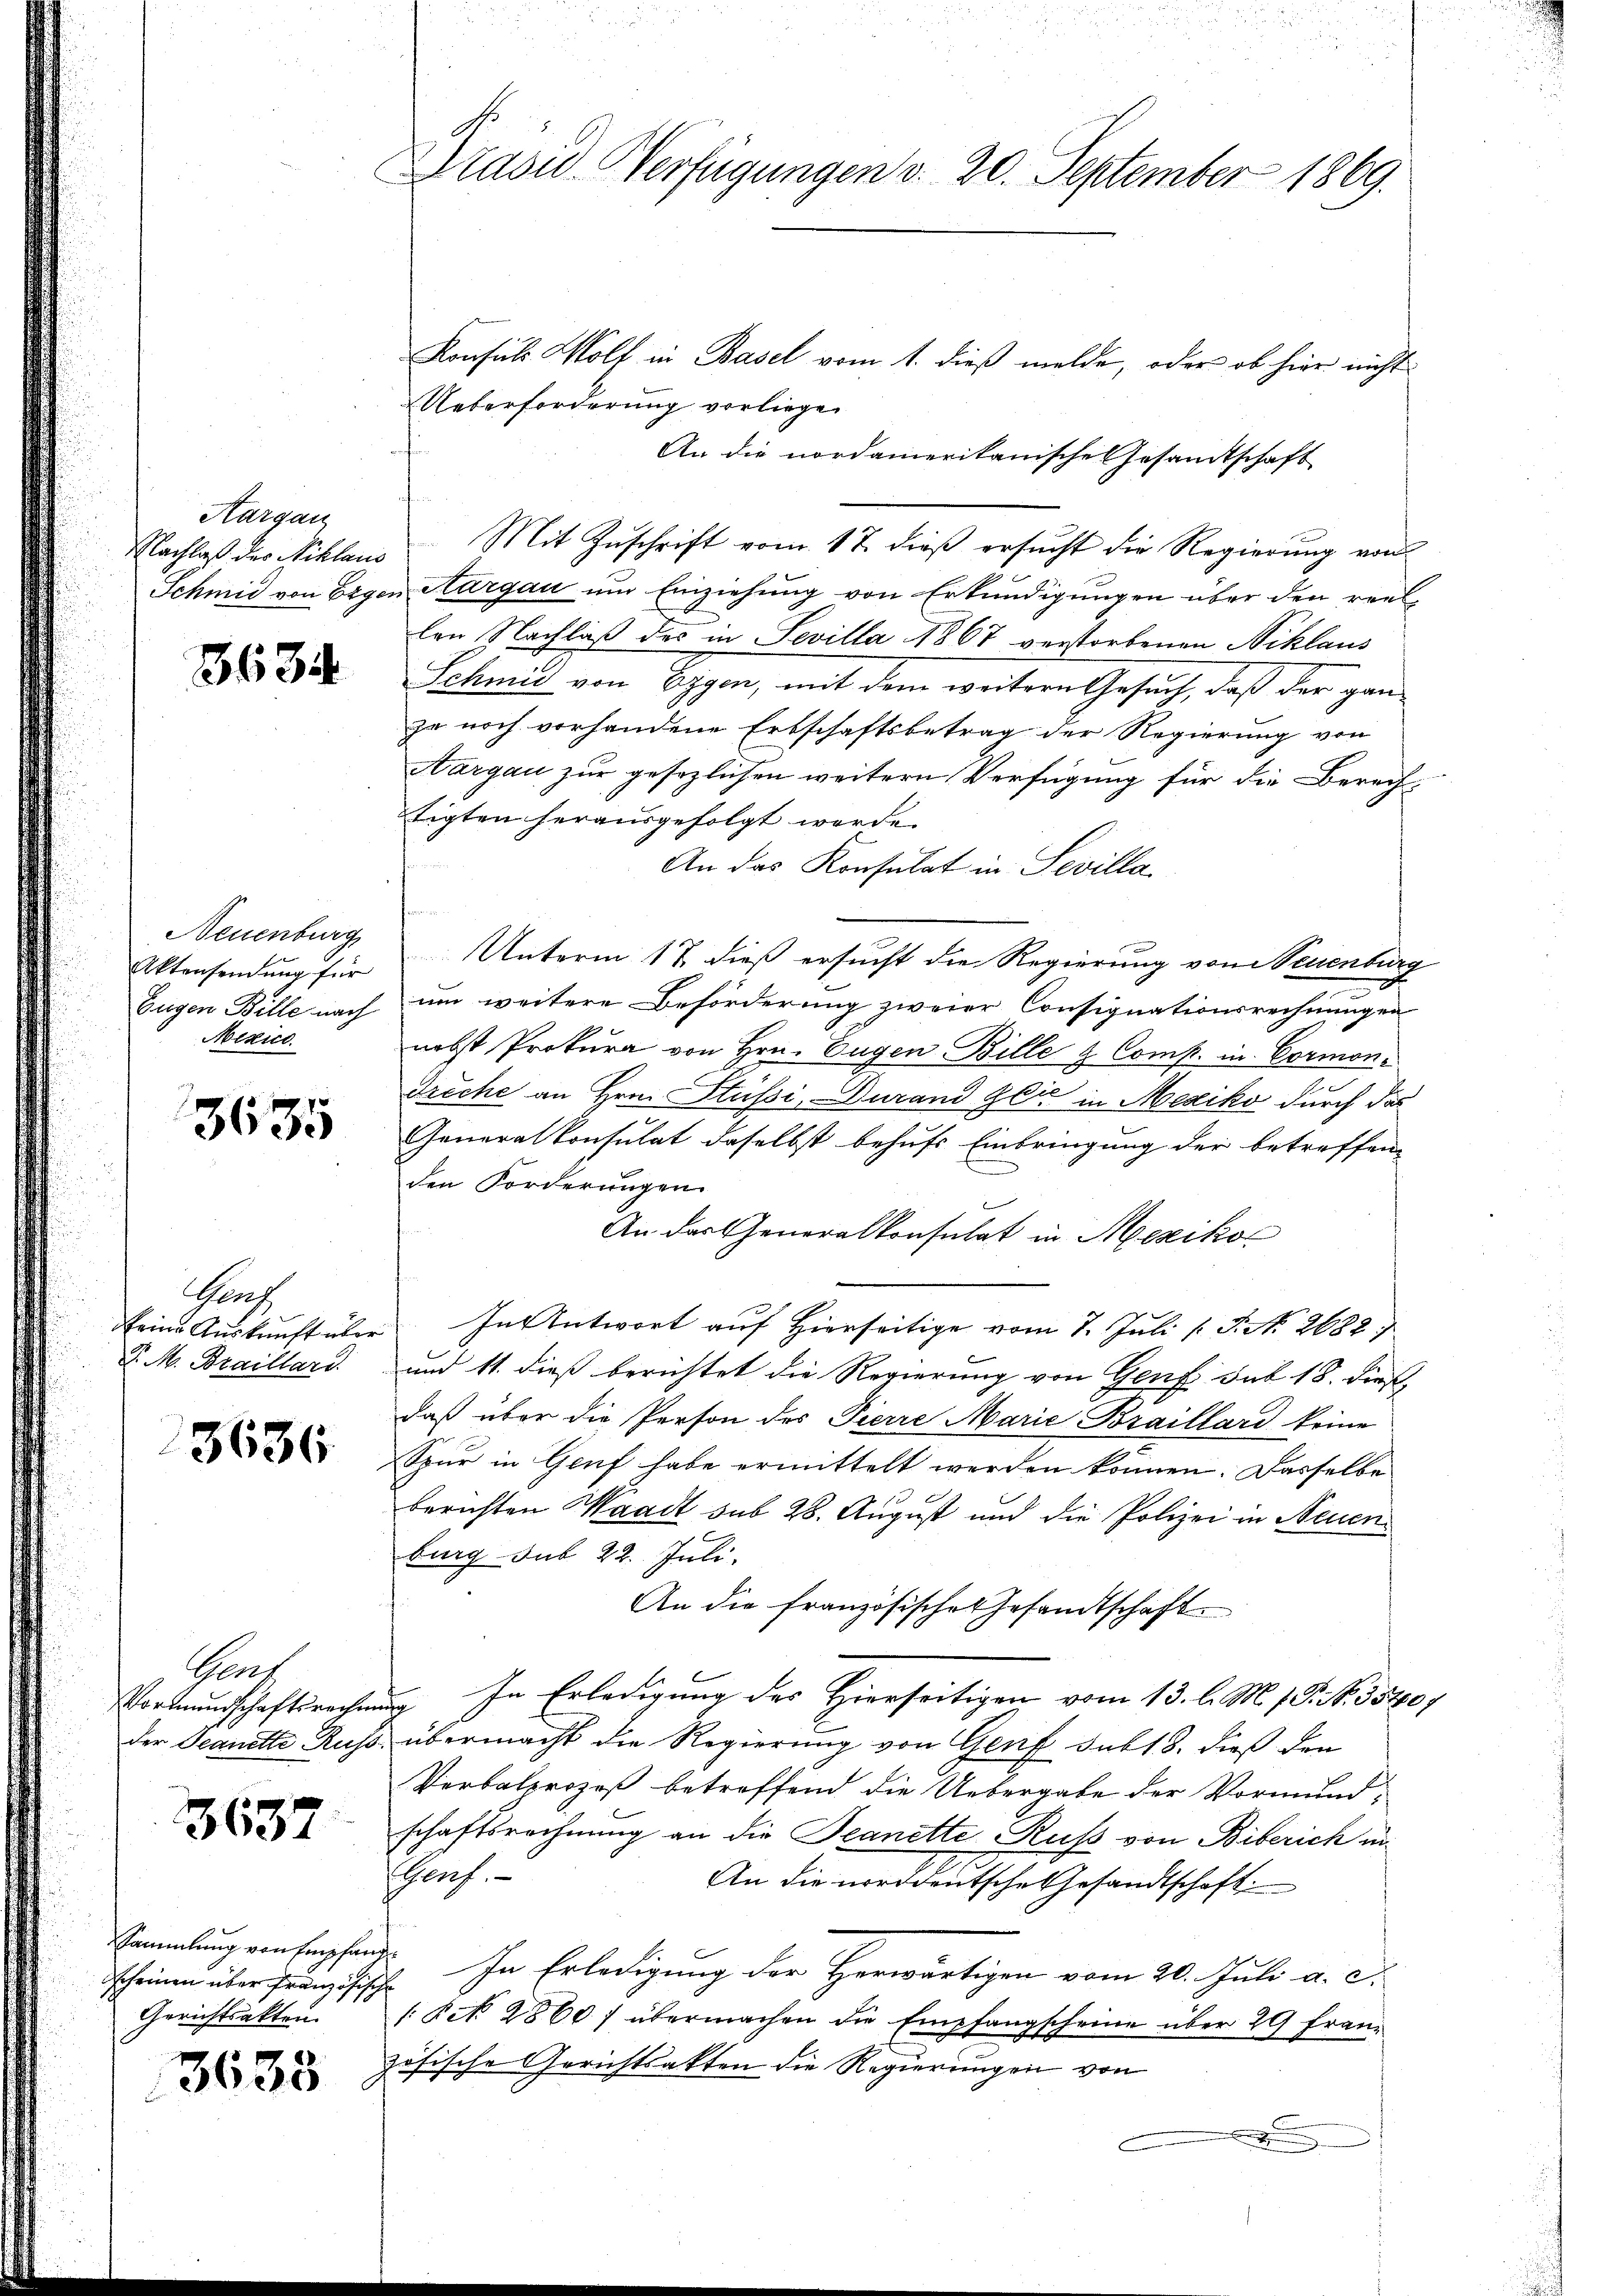
Aargau

3634

Neuenburg
Aktensendung für
Eugen Bille nach
Mizice.

3635

Grf
P. M. Braillard.

3636.

Gaut
Vormundschaftsrechen
der Jeanette Russ

3637

scheinen über französische
Gerichtsakten.

3635

.
Präsid.-Verfügungen v. 20. September 1869.

Konsuls Wolt in Basel vom 1. dieß melde, oder ob hier nicht
Ueberforderung vorliege.
An die nordameritanische Gesandtschaft
Nachlaß der Niklaus Mit Zŭschrift vom 17. dieβ ersŭcht die Regierŭng von
Schmid von Ergen Thurgau um Einziehung von Erkundigungen über den reellen Nachlaß des in Sevilla 1867 verstorbenen Niklaus
Schmid von Eggen, mit dem weitern Gesuch, daß der ganze noch vorhandene Erbschaftsbetrag der Regierung von
Aargau zur gesezlichen weitern Verfügung für die Berech-
tigten herausgefolgt werde.
An das Konsulat in Sevilla
n
Unterm 17. dieß ersucht die Regierung von euenburg
um weitere Beforderung zweier Consignationsrechnungen
nebst Prokura von Hrn. Eugen Bille & Comp. in Cormoni
Dreche an Hrn. Stüßi, Durand Zeit in Mexiko durch das
Generalkonsulat daselbst behufs Einbringung der betreffen
den Forderungen.
An der Generalkonsulat in Mexikon
eine Auskunft über. In Antwort auf Hierseitige vom 7. Juli [ P. No. 2682
und 11. dieß berichtet die Regierung von Genf hat 18. Dies
daß über die Person des Pierre Marie Braillard keine
Spur in Genf habe ermittelt werden können. Dasselbe
berichten Waadt sub 28. August und die Polizei in Neuen
burg sub 22. Juli.
An die französische Gesandtschaft.
ung. In Erledigung des Hierseitigen vom 13. l. M. 1 P. Nr. 5570/
& übermacht die Regierung von Genf sub 18. dieß den
Verbalprozeß betreffend die Uebergabe der Vormundschaftsrechnung an die Beanette Ruß von Biberich unshorf.
An die norddeutsche Gesandtschaft
Sammlung von Empfang. In Erledigung der Herwärtigen vom 20. Juli a. c.
(Pct. 28607 übermachen die Empfangscheine über 29 fran-
zösische Gerichtsakten die Regierungen von
e